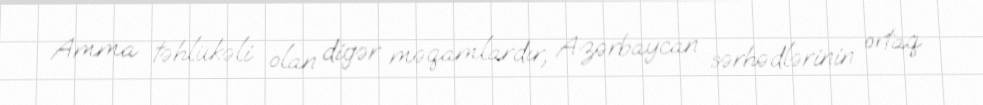
Amma təhlükəli olan digər məqamlardır, Azərbaycan sərhədlərinin ortaq